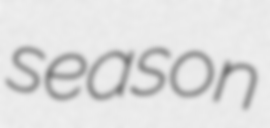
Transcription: season